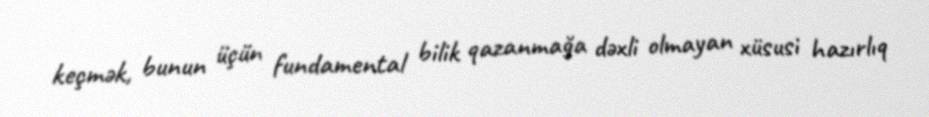
keçmək, bunun üçün fundamental bilik qazanmağa dəxli olmayan xüsusi hazırlıq